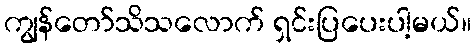
ကျွန်တော်သိသလောက် ရှင်းပြပေးပါ့မယ်။